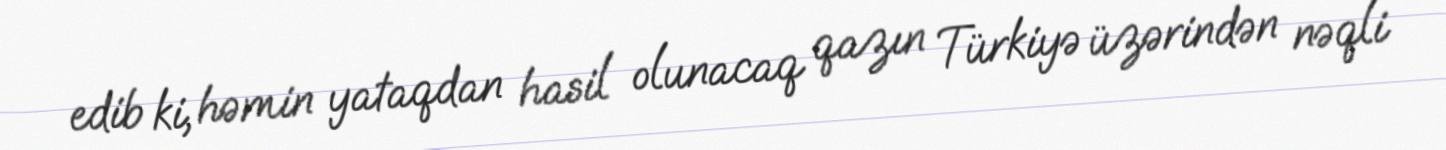
edib ki, həmin yataqdan hasil olunacaq qazın Türkiyə üzərindən nəqli